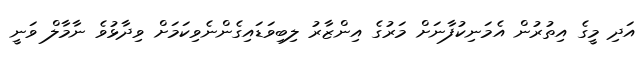
އަދި މީގެ އިތުރުން އެމަނިކުފާނަށް މަރުގެ އިންޒާރު ލިބިވަޑައިގެންނެވިކަމަށް ވިދާޅުވެ ނާމާލް ވަނީ